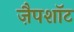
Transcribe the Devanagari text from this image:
ज़ैपशॉट